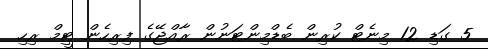
5 ގަޑި 12 މިނެޓް ކުރިން ބެޑްމިންޓަނުން ރާއްޖޭގެ ފިރިހެން ޓީމް ރިހި